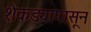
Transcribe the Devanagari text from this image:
शेकड्यापासून